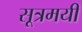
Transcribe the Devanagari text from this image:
सूत्रमयी